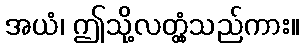
အယံ၊ ဤသို့လတ္တံ့သည်ကား။